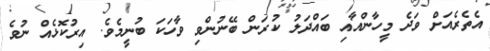
އެތެރެއަށް ވަދެ މީހާންއާއި ބައްދަލު ކުރަން ބޭނުންވި ވާހަކަ ބުނީމެވެ. އިރުކޮޅެއް ނުވެ